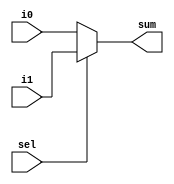
`timescale 1ns / 1ps
//////////////////////////////////////////////////////////////////////////////////
// Company: 
// Engineer: 
// 
// Design Name: 
// Module Name: multiplexer
// Project Name: 
// Target Devices: 
// Tool Versions: 
// Description: 
// 
// Dependencies: 
// 
// Revision:
// Revision 0.01 - File Created
// Additional Comments:
// 
//////////////////////////////////////////////////////////////////////////////////


module multiplexer(input i0,i1,sel,output reg sum);
always @(i0,i1,sel)
begin
if(sel ==0)
sum = i0;
else
sum =i1;
end
endmodule